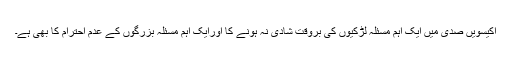
اکیسویں صدی میں ایک اہم مسئلہ لڑکیوں کی بروقت شادی نہ ہونے کا اورایک اہم مسئلہ بزرگوں کے عدم احترام کا بھی ہے۔